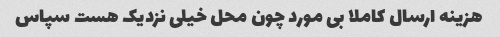
هزینه ارسال کاملا بی مورد چون محل خیلی نزدیک هست سپاس